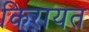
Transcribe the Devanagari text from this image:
किरायत